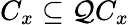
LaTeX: C_{x}\subseteq\mathcal{Q}C_{x}